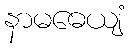
နာမဓေယျံ